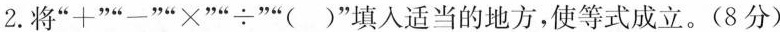
2.将”+””-””×””÷””()”填入适当的地方，使等式成立。(8分)